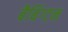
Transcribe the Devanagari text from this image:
बैबिंग्टन